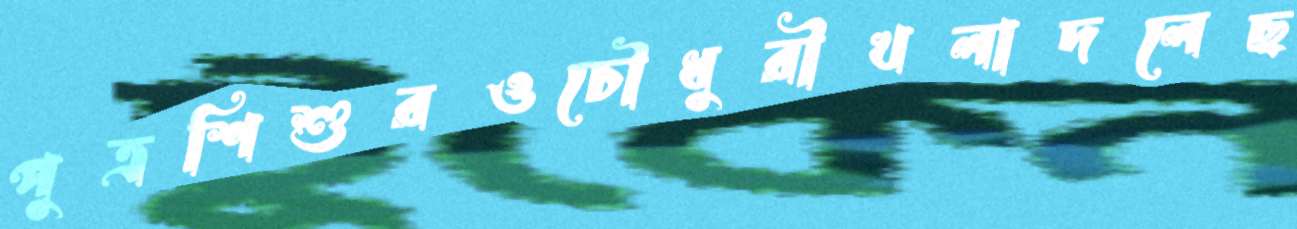
পুত্রশিশুরওচৌধুরীখলাদলেছ